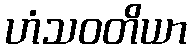
ဟံသဝတိယာ